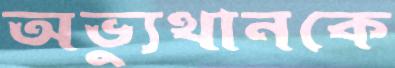
অভ্যুত্থানকে